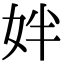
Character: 姅